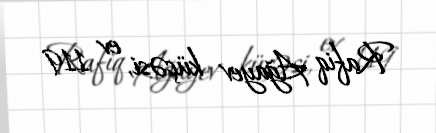
Rafiq Ağayev küçəsi, ev 119